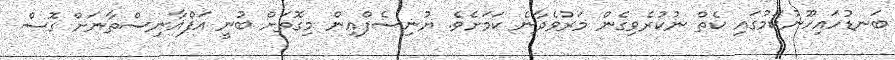
ބަނޑުހައިހޫނުކަމުގައި ކެތް ނުކުރެވިގެން މަރުވެދާނެ ކަމަށެވެ. ޔުނިސެފްއިން މިގޮތަށް ބުނީ އަފްޣާނިސްތާނަށް ގޮސް